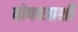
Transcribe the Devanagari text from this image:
घोषपत्राशी